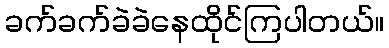
ခက်ခက်ခဲခဲနေထိုင်ကြပါတယ်။